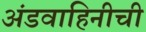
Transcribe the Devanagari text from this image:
अंडवाहिनीची